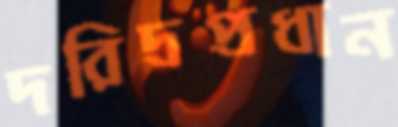
দরিদ্রপ্রধান